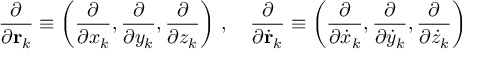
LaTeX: { \frac { \partial } { \partial \mathbf { r } _ { k } } } \equiv \left( { \frac { \partial } { \partial x _ { k } } } , { \frac { \partial } { \partial y _ { k } } } , { \frac { \partial } { \partial z _ { k } } } \right) \, , \quad { \frac { \partial } { \partial { \dot { \mathbf { r } } } _ { k } } } \equiv \left( { \frac { \partial } { \partial { \dot { x } } _ { k } } } , { \frac { \partial } { \partial { \dot { y } } _ { k } } } , { \frac { \partial } { \partial { \dot { z } } _ { k } } } \right)